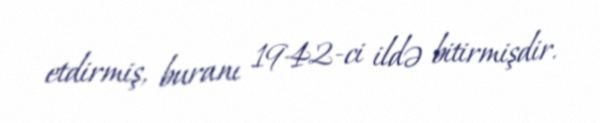
etdirmiş, buranı 1942-ci ildə bitirmişdir.